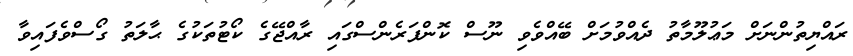
ރައްޔިތުންނަށް މަޢުލޫމާތު ދެއްވުމަށް ބޭއްވެވި ނޫސް ކޮންފަރެންސްގައި ރާއްޖޭގެ ކޯޓުތަކުގެ ޙާލަތު ގޯސްވެފައިވާ